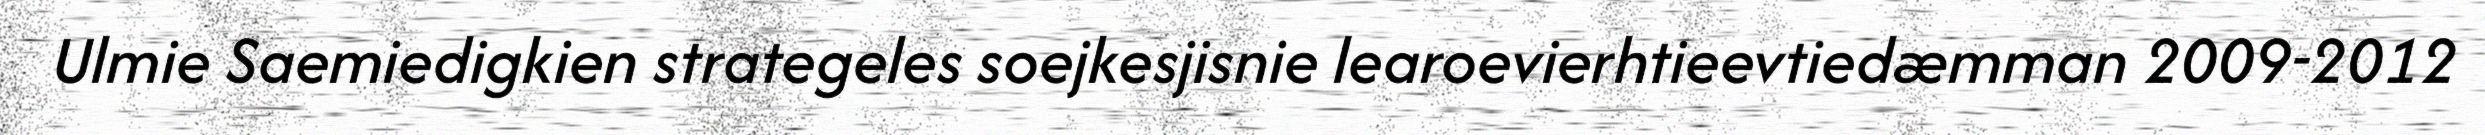
Ulmie Saemiedigkien strategeles soejkesjisnie learoevierhtieevtiedæmman 2009-2012